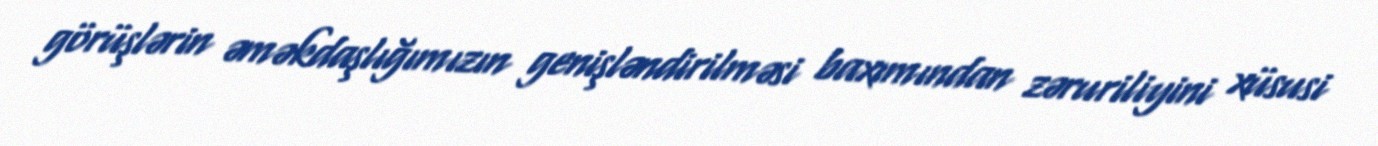
görüşlərin əməkdaşlığımızın genişləndirilməsi baxımından zəruriliyini xüsusi